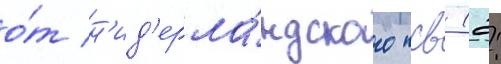
о́т н'ид'ерла́ндского псв (2: